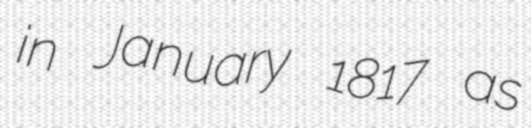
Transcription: in January 1817 as